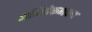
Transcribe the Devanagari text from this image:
अभिषेकभवन